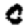
Digit: 0